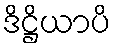
ဒိဋ္ဌိယာပိ